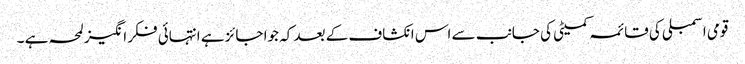
قومی اسمبلی کی قائمہ کمیٹی کی جانب سے اس انکشاف کے بعد کہ جوا جائز ہے انتہائی فکر انگیز لمحہ ہے ۔